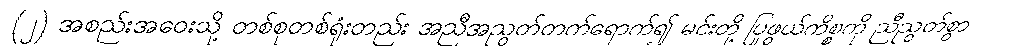
(၂) အစည်းအဝေးသို့ တစ်စုတစ်ရုံးတည်း အညီအညွတ်တက်ရောက်၍ မင်းတို့ ပြုဖွယ်ကိစ္စကို ညီညွတ်စွာ